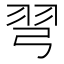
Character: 𢏖